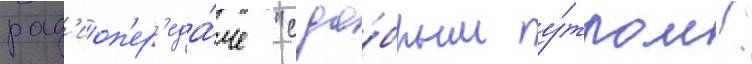
рад'иоп'ер'еда́че "с до́брым у́тром!"